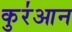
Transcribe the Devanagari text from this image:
कुर॑आन